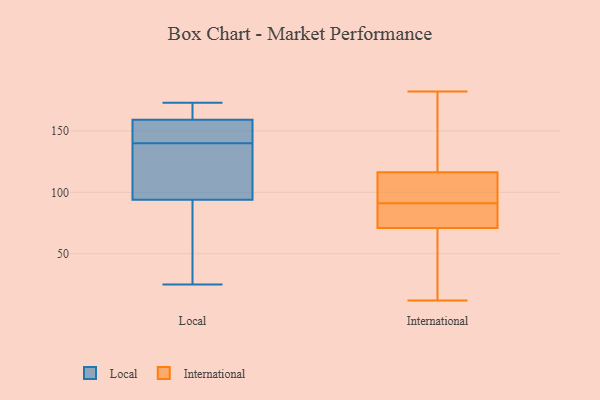
{"axis": {"x": "Tickets Resolved", "y": "Value"}, "legend": ["International", "Local"], "data": [{"x": "", "y": 72, "type": "Local"}, {"x": "", "y": 143, "type": "Local"}, {"x": "", "y": 25, "type": "Local"}, {"x": "", "y": 173, "type": "Local"}, {"x": "", "y": 161, "type": "Local"}, {"x": "", "y": 168, "type": "Local"}, {"x": "", "y": 163, "type": "Local"}, {"x": "", "y": 90, "type": "Local"}, {"x": "", "y": 34, "type": "Local"}, {"x": "", "y": 141, "type": "Local"}, {"x": "", "y": 119, "type": "Local"}, {"x": "", "y": 153, "type": "Local"}, {"x": "", "y": 111, "type": "Local"}, {"x": "", "y": 106, "type": "Local"}, {"x": "", "y": 109, "type": "Local"}, {"x": "", "y": 161, "type": "Local"}, {"x": "", "y": 143, "type": "Local"}, {"x": "", "y": 140, "type": "Local"}, {"x": "", "y": 40, "type": "Local"}, {"x": "", "y": 126, "type": "International"}, {"x": "", "y": 182, "type": "International"}, {"x": "", "y": 91, "type": "International"}, {"x": "", "y": 58, "type": "International"}, {"x": "", "y": 118, "type": "International"}, {"x": "", "y": 12, "type": "International"}, {"x": "", "y": 86, "type": "International"}, {"x": "", "y": 69, "type": "International"}, {"x": "", "y": 77, "type": "International"}, {"x": "", "y": 111, "type": "International"}, {"x": "", "y": 106, "type": "International"}]}